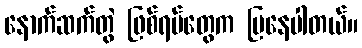
နောက်ဆက်တွဲ ဖြစ်ရပ်တွေက ပြနေပါတယ်။